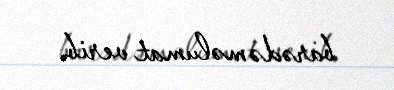
barədə məlumat verib.